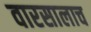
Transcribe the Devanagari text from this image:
वारसालाच